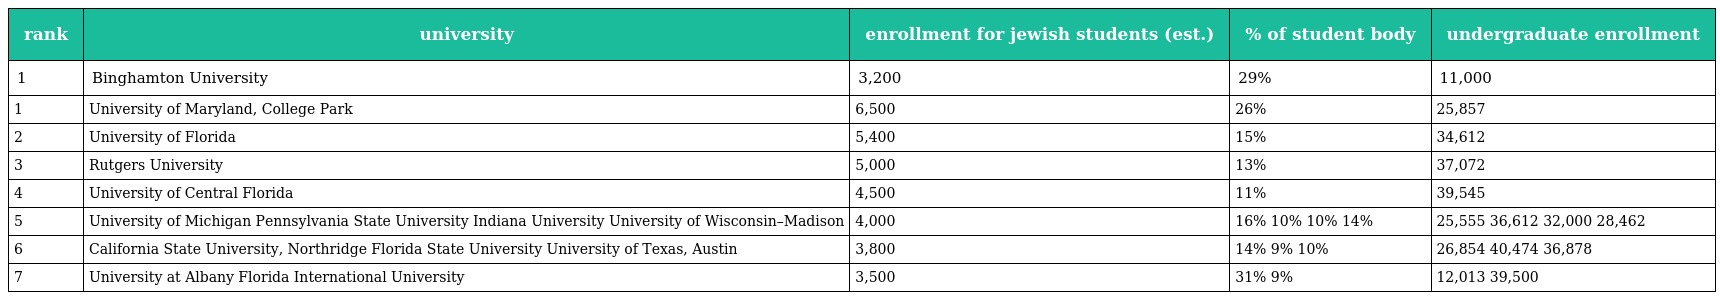
| rank | university | enrollment for jewish students (est.) | % of student body | undergraduate enrollment |
 | --- | --- | --- | --- | --- |
 | 1 | Binghamton University | 3,200 | 29% | 11,000 |
 | 1 | University of Maryland, College Park | 6,500 | 26% | 25,857 |
 | 2 | University of Florida | 5,400 | 15% | 34,612 |
 | 3 | Rutgers University | 5,000 | 13% | 37,072 |
 | 4 | University of Central Florida | 4,500 | 11% | 39,545 |
 | 5 | University of Michigan Pennsylvania State University Indiana University University of Wisconsin–Madison | 4,000 | 16% 10% 10% 14% | 25,555 36,612 32,000 28,462 |
 | 6 | California State University, Northridge Florida State University University of Texas, Austin | 3,800 | 14% 9% 10% | 26,854 40,474 36,878 |
 | 7 | University at Albany Florida International University | 3,500 | 31% 9% | 12,013 39,500 |